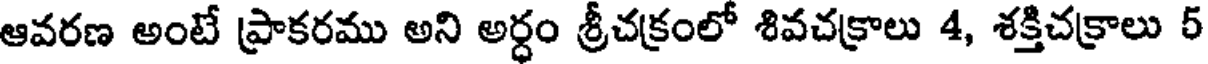
ఆవరణ అంటే ప్రాకరము అని అర్ధం శ్రీచక్రంలో శివచక్రాలు 4, శక్తిచక్రాలు 5